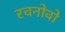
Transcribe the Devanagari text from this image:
रचनोवो